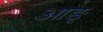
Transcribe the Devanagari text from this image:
आङ्‌